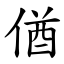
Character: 偤